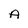
Character: A